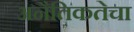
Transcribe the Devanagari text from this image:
अनैतिकतेचा